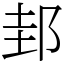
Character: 邽